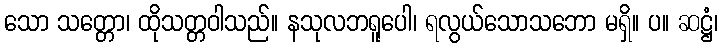
သော သတ္တော၊ ထိုသတ္တဝါသည်။ နသုလဘရူပေါ၊ ရလွယ်သောသဘော မရှိ။ ပ။ ဆဋ္ဌံ၊